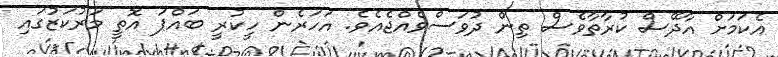
އެކަމަށް އާދޭސް ކުރާތާވެސް ތިން ދުވަސްވެއްޖެއެވެ. އަހަރެން ހީކުރީ ބައްޕަ އޮތީ މަރުކަޒުގައި